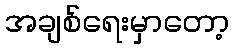
အချစ်ရေးမှာတော့